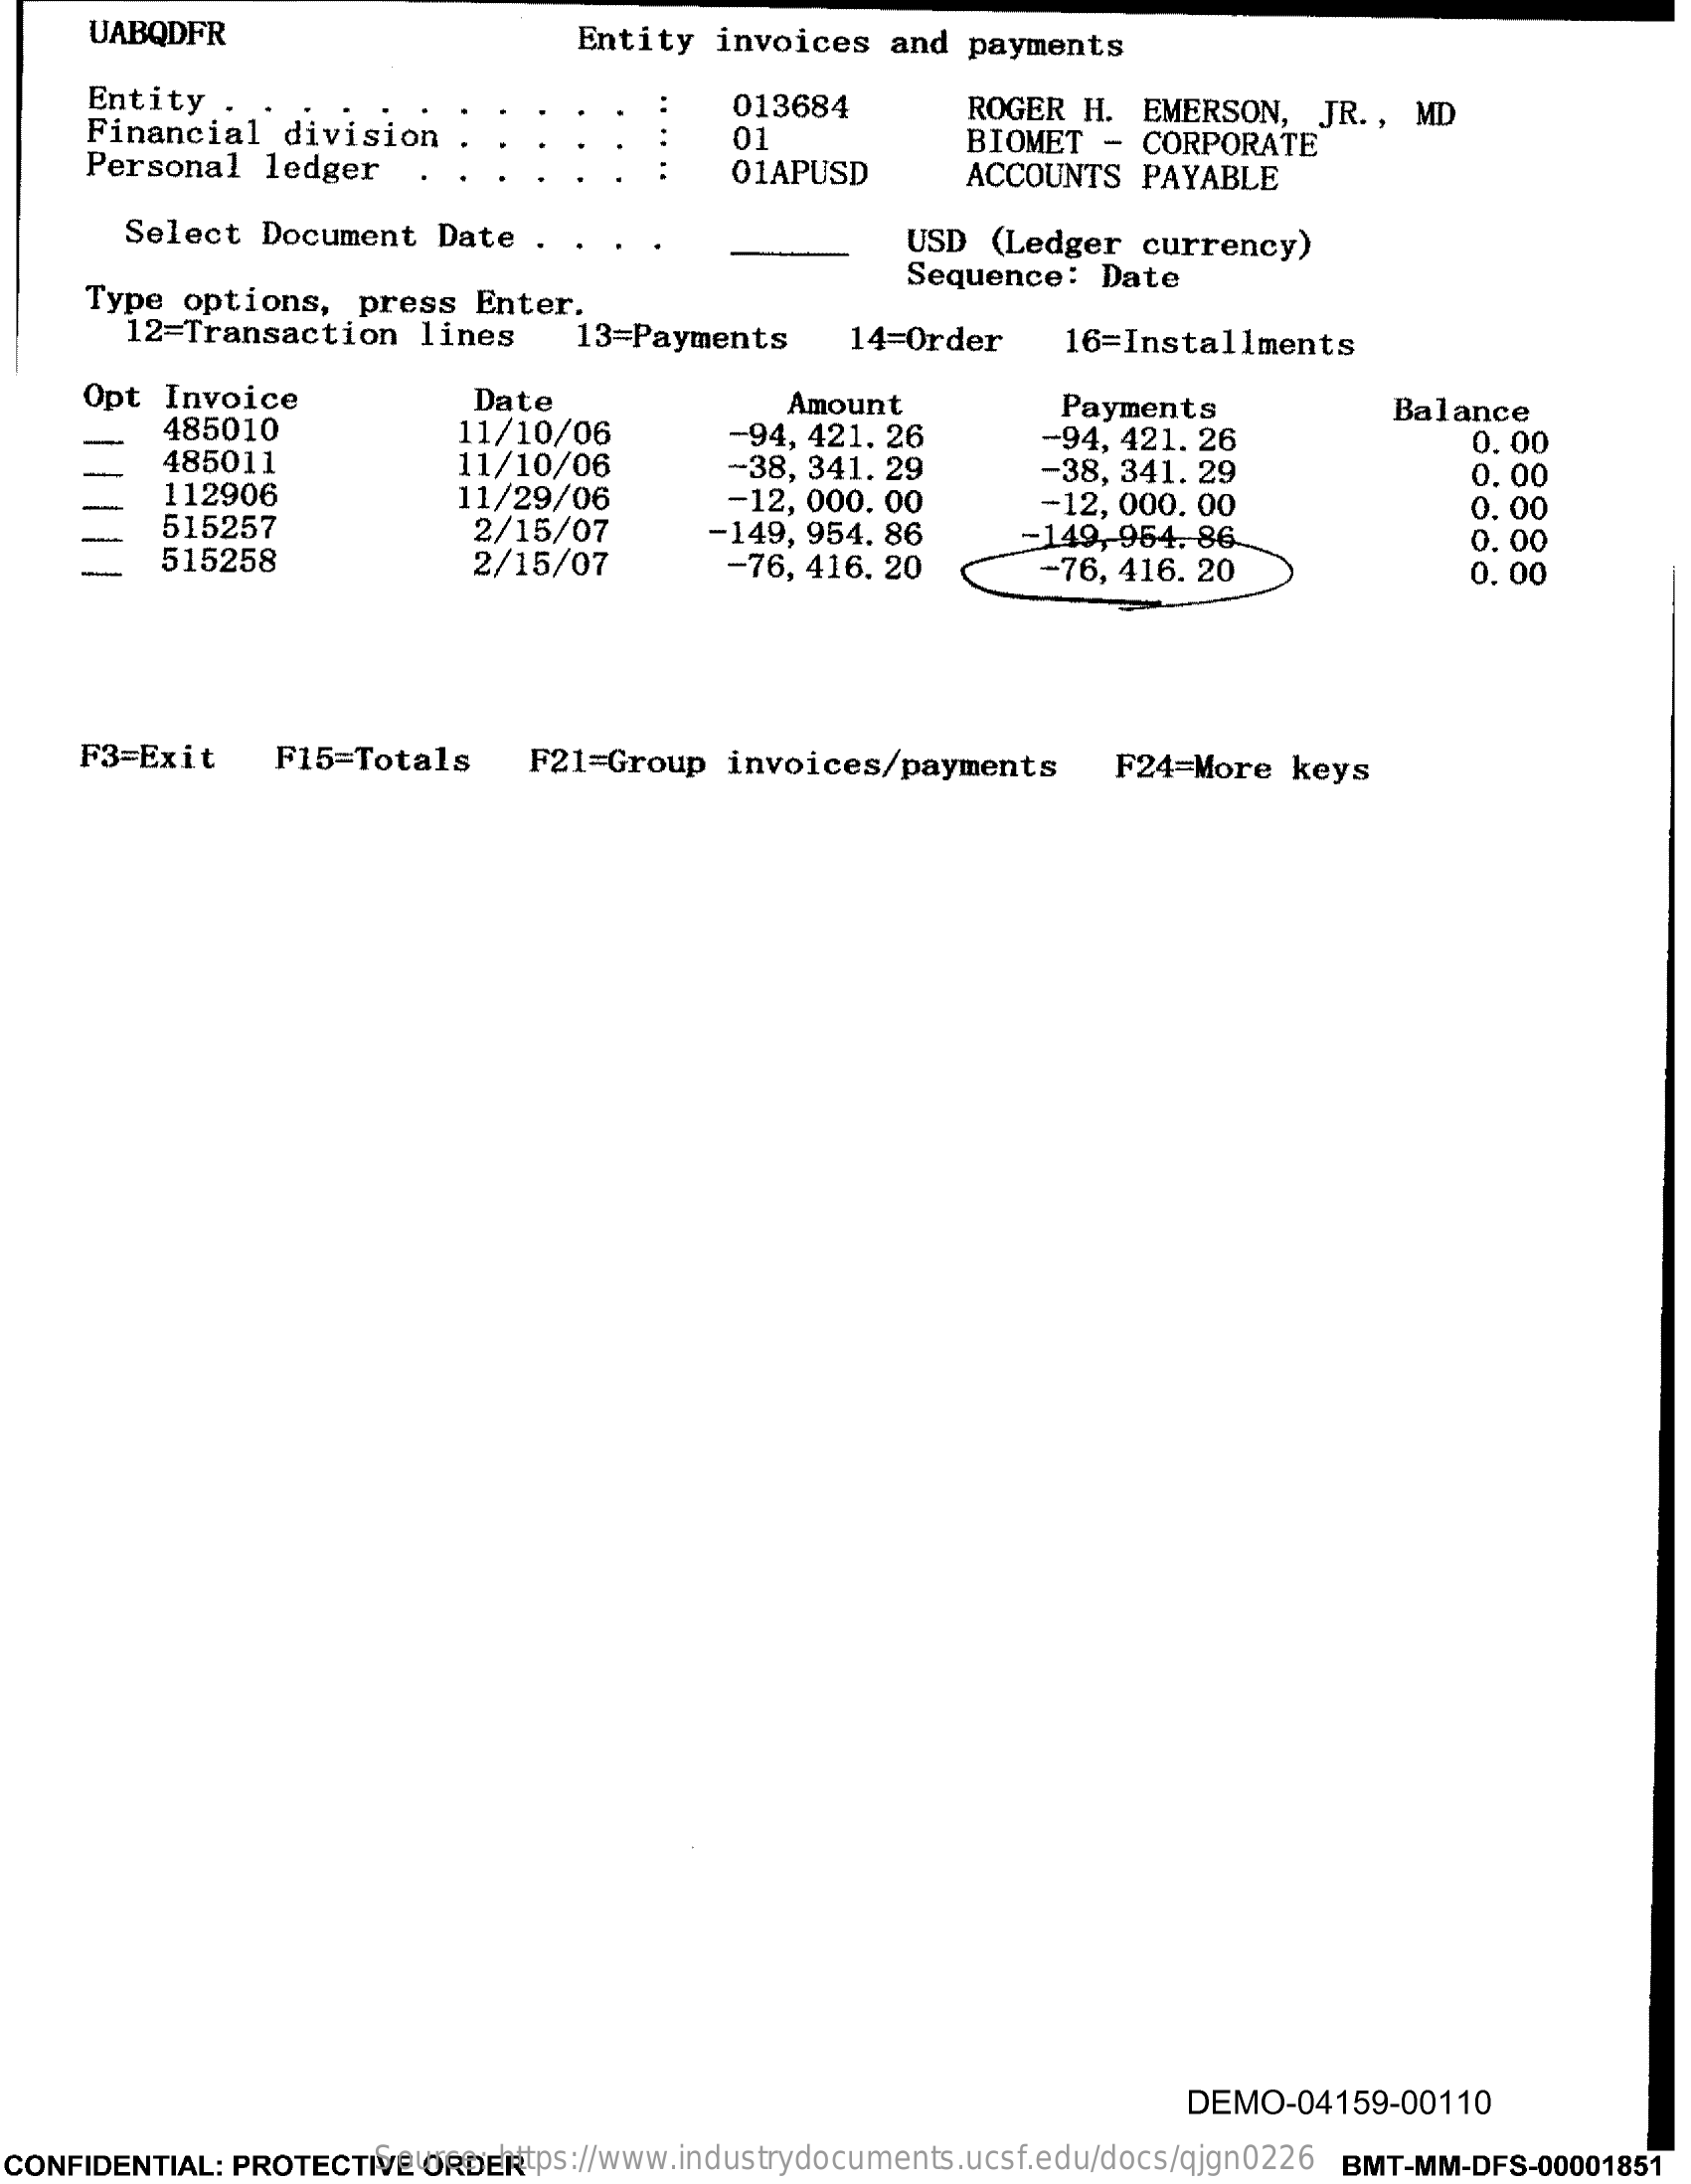
UABQDFR    Entity   invoices   and  payments
     Entity  ..    013684
     Financial   division
     ROGER  H.  EMERSON,   JR. , MD
     01    BIOMET  -  CORPORATE
     Personal   ledger    01APUSD    ACCOUNTS   PAYABLE
     Select   Document   Date    USD  (Ledger   currency)
     Type  options,   press  Enter.
     Sequence:   Date
     12=Transaction    lines    13=Payments    14=Order    16=Installments
     Opt  Invoice    Date    Amount    Payments    Balance
     485010    11/10/06    -94, 421. 26
     11/10/06
     -94, 421. 26    0.00
     485011
     112906    11/29/06
     -38, 341. 29
     -12, 000. 00
     -38, 341. 29    0.00
     -12, 000.00    0. 00
     515257    2/15/07    -149,  954. 86    0.00
     515258    2/15/07    -76, 416. 20
     -149, 964.  86
     -76, 416. 20    0. 00
     F3=Exit    F15=Totals    F21=Group   invoices/payments    F24=More   keys
     DEMO-04159-00110
  CONFIDENTIAL: PROTECTIVE ORDER Source: https://www.industrydocuments.ucsf.edu/docs/qjgn0226 BMT-MM-DFS-00001851